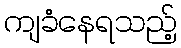
ကျခံနေရသည့်